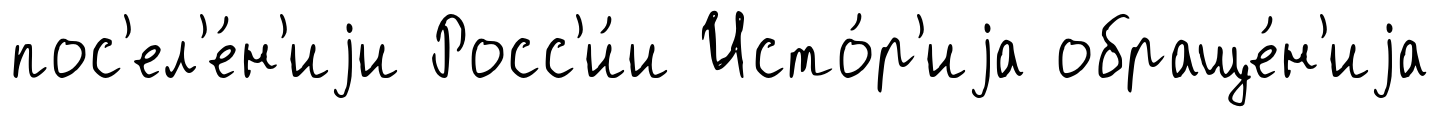
пос'ел'е́н'иjи Росс'и́и Исто́р'иjа обраще́н'иjа